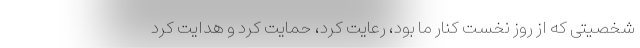
شخصیتی که از روز نخست کنار ما بود، رعایت کرد، حمایت کرد و هدایت کرد